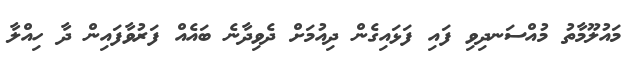
މައުލޫމާތު މުއްސަނދިވި ފައި ފަޅައިގެން ދިއުމަށް ދެވިދާނެ ބައެއް ފަރުވާފައިން ދާ ހިއްލާ